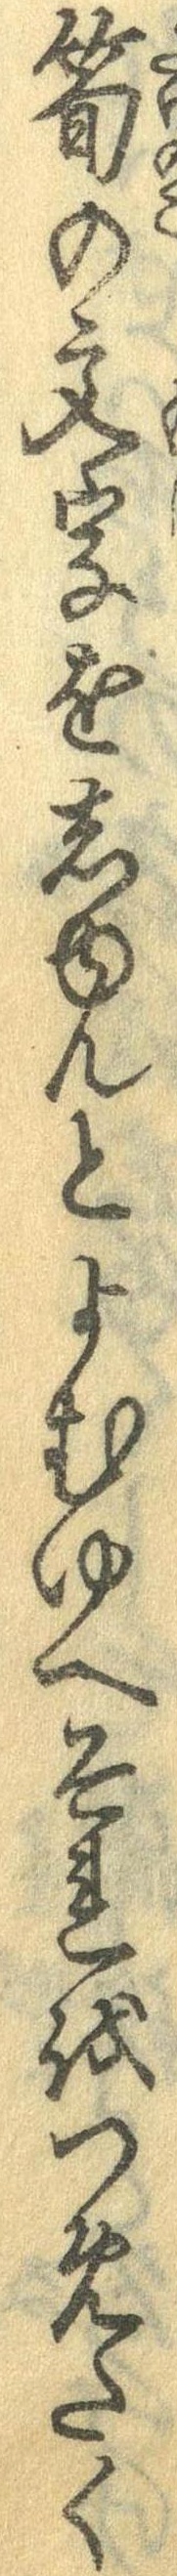
筍の文字をしゅんとよむゆへそれをつめたく